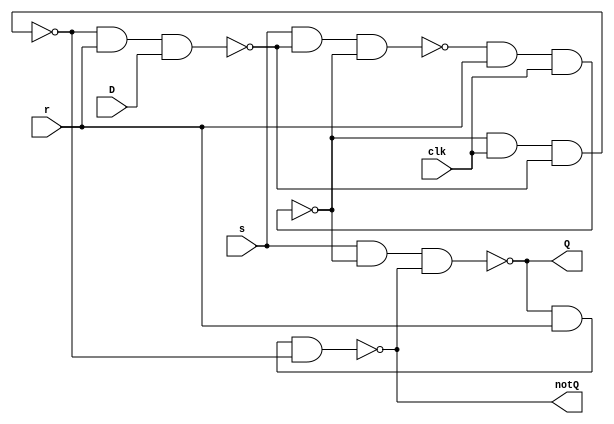
`timescale 1ns/1ps
module Dflip_flop(D,clk,r,s,Q,notQ);
	input D,clk,r,s;
	output Q,notQ;
	wire A_2,A_3,A_4,Q,notQ;
	
	nand #1 A1(A_1,s,A_4,A_2);
	nand #1	A2(A_2,A_1,r,clk);
	nand #1 A3(A_3,A_2,clk,A_4);
	nand #1	A4(A_4,A_3,r,D);
	nand #1 A5(Q,s,A_2,notQ);
	nand #1 A6(notQ,Q,r,A_3);
	
endmodule